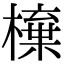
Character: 𣙆